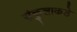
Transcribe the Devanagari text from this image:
संकुलाकडे